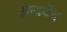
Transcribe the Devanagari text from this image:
आयर्वेद